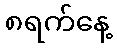
၈ရက်နေ့